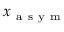
\boldsymbol { x } _ { \mathrm { ~ a ~ s ~ y ~ m ~ } }